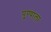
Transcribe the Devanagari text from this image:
पु्ण्याला